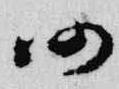
仍